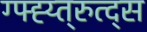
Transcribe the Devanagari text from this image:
ग्फ्ह्य्त्रुत्द्स